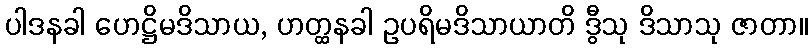
ပါဒနခါ ဟေဋ္ဌိမဒိသာယ, ဟတ္ထနခါ ဥပရိမဒိသာယာတိ ဒွီသု ဒိသာသု ဇာတာ။